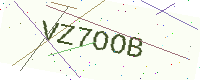
Text: VZ7OOB